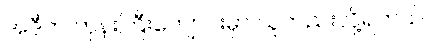
အဲဒီက ဘုန်းကြီးကျောင်းမှာ သူတည်းလို့ရတယ်။